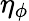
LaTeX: \eta_{\phi}